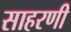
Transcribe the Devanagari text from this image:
साहरणी